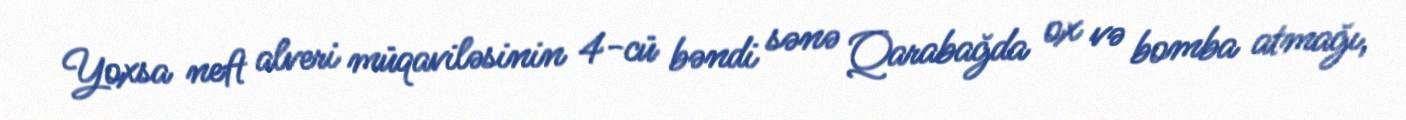
Yoxsa neft alveri müqaviləsinin 4-cü bəndi sənə Qarabağda ox və bomba atmağı,